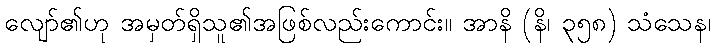
လျော်၏ဟု အမှတ်ရှိသူ၏အဖြစ်လည်းကောင်း။ အာနိ (နိ၊ ၃၅၈) သံသေန၊